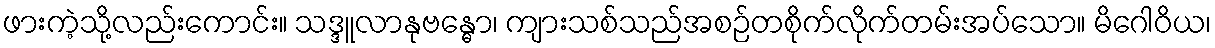
ဖားကဲ့သို့လည်းကောင်း။ သဒ္ဒူလာနုဗန္ဓော၊ ကျားသစ်သည်အစဉ်တစိုက်လိုက်တမ်းအပ်သော။ မိဂေါဝိယ၊